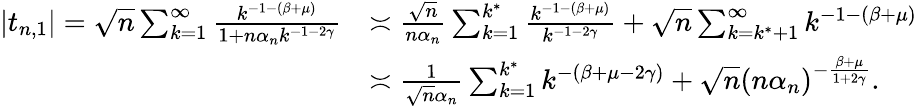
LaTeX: \begin{array}{rl}{|t_{n,1}|=\sqrt{n}\sum_{k=1}^{\infty}\frac{k^{-1-(\beta+\mu)}}{1+n{\alpha_{n}}k^{-1-2\gamma}}}&{\asymp\frac{\sqrt{n}}{n{\alpha_{n}}}\sum_{k=1}^{k^{*}}\frac{k^{-1-(\beta+\mu)}}{k^{-1-2\gamma}}+\sqrt{n}\sum_{k={k^{*}}+1}^{\infty}k^{-1-(\beta+\mu)}}\\ &{\asymp\frac{1}{\sqrt{n}\alpha_{n}}\sum_{k=1}^{k^{*}}k^{-(\beta+\mu-2\gamma)}+\sqrt{n}(n\alpha_{n})^{-\frac{\beta+\mu}{1+2\gamma}}.}\end{array}